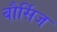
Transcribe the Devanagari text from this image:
बौर्सिज